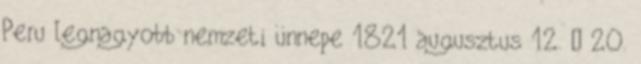
Peru legnagyobb nemzeti ünnepe 1821 augusztus 12. – 20.